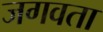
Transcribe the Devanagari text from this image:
जगवता